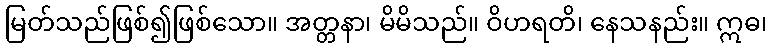
မြတ်သည်ဖြစ်၍ဖြစ်သော။ အတ္တနာ၊ မိမိသည်။ ဝိဟရတိ၊ နေသနည်း။ ဣဓ၊